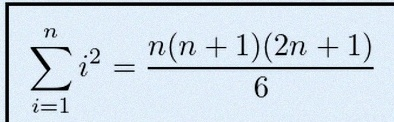
\sum_{i=1}^{n}i^2=\frac{n(n+1)(2n+1)}6